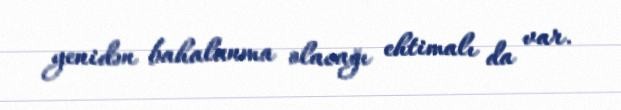
yenidən bahalanma olacağı ehtimalı da var.